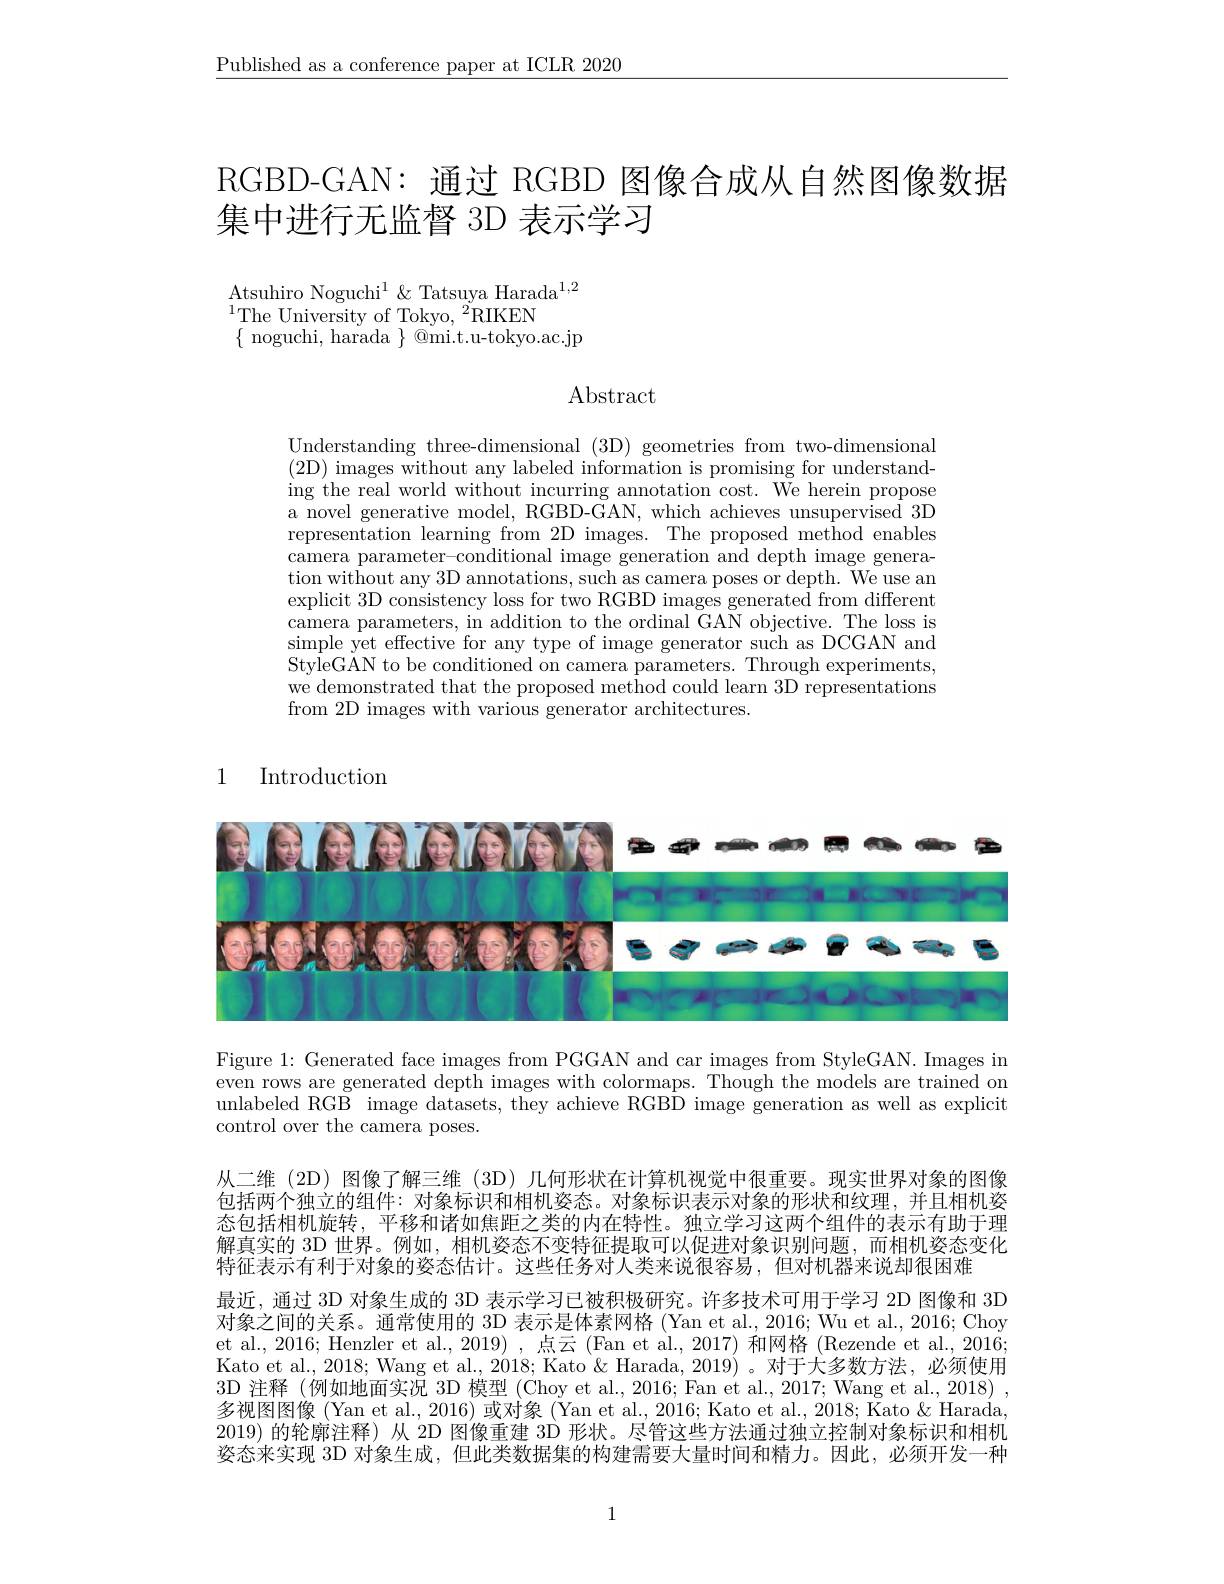
$\underline{\text{Published as a conference paper at ICLR 2020}}$

RGBD-GAN: 通过 RGBD 图像合成从自然图像数据
集中进行无监督 3D 表示学习

Atsuhiro Noguchi$^1\&\text{Tatsuya Harada}^{1,2}$
$^{1}$The University of Tokyo,$^2$RIKEN
$\{$ noguchi, harada $\}$ @mi.t.u-tokyo.ac.jp

Abstract

Understanding three-dimensional (3D) geometries from two-dimensional (2D) images without any labeled information is promising for understanding the real world without incurring annotation cost. We herein propose a novel generative model, RGBD-GAN, which achieves unsupervised 3D representation learning from 2D images. The proposed method enables camera parameter-conditional image generation and depth image generation without any 3D annotations, such as camera poses or depth. We use an explicit 3D consistency loss for two RGBD images generated from different camera parameters, in addition to the ordinal GAN objective. The loss is simple yet effective for any type of image generator such as DCGAN and StyleGAN to be conditioned on camera parameters. Through experiments, we demonstrated that the proposed method could learn 3D representations from 2D images with various generator architectures

1 Introduction

<FigureHere>

Figure 1: Generated face images from PGGAN and car images from StyleGAN. Images in even rows are generated depth images with colormaps. Though the models are trained on unlabeled RGB image datasets, they achieve RGBD image generation as well as explicit control over the camera poses.

从二维(2D)图像了解三维(3D)几何形状在计算机视觉中很重要。现实世界对象的图像包括两个独立的组件：对象标识和相机姿态。对象标识表示对象的形状和纹理，并且相机姿态包括相机旋转，平移和诸如焦距之类的内在特性。独立学习这两个组件的表示有助于理解真实的 3D 世界。例如，相机姿态不变特征提取可以促进对象识别问题，而相机姿态变化特征表示有利于对象的姿态估计。这些任务对人类来说很容易，但对机器来说却很困难
最近，通过 3D 对象生成的 3D 表示学习已被积极研究。许多技术可用于学习 2D 图像和 3D 对象之间的关系。通常使用的 3D 表示是体素网格 (Yan et al., 2016; Wu et al., 2016; Choy et al., 2016; Henzler et al., 2019) , 点云 (Fan et al., 2017) 和网格 (Rezende et al., 2016; Kato et al., 2018; Wang et al., 2018; Kato & Harada, 2019) 。对于大多数方法，必须使用3D 注释 (例如地面实况 3D 模型 (Choy et al., 2016; Fan et al., 2017; Wang et al., 2018) , 多视图图像(Yan et al., 2016)或对象(Yan et al., 2016; Kato et al., 2018; Kato & Harada, 2019) 的轮廓注释)从 2D 图像重建 3D 形状。尽管这些方法通过独立控制对象标识和相机姿态来实现 3D 对象生成，但此类数据集的构建需要大量时间和精力。因此，必须开发一种

1